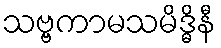
သဗ္ဗကာမသမိဒ္ဓိနီ